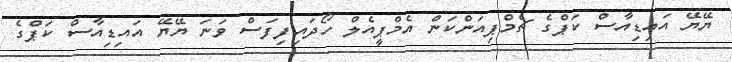
ޔޭޔޭ އައިޑިއާސް ކަޕްގެ ޗެމްޕިއަންކަން އެމްޕީއެލް ހޯދައިފިފަސް ވަނަ ޔޭޔޭ އައިޑިއާސް ކަޕްގެ